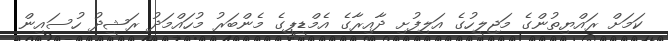
ކަމަށް ރައްޔިތުންގެ މަޖިލީހުގެ އަލިފުށި ދާއިރާގެ އެމްޑީޕީގެ މެންބަރު މުހައްމަދު ރަޝީދު ހުސައިން